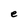
Character: e